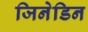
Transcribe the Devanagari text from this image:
जिनेडिन